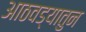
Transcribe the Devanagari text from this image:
आठवड्यातुन